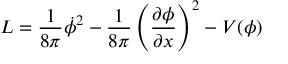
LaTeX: { \cal L } = \frac { 1 } { 8 \pi } \dot { \phi } ^ { 2 } - \frac { 1 } { 8 \pi } \left( \frac { \partial \phi } { \partial x } \right) ^ { 2 } - V ( \phi )